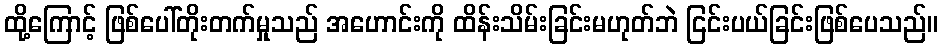
ထို့ကြောင့် ဖြစ်ပေါ်တိုးတက်မှုသည် အဟောင်းကို ထိန်းသိမ်းခြင်းမဟုတ်ဘဲ ငြင်းပယ်ခြင်းဖြစ်ပေသည်။